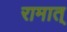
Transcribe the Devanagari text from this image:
रामात्